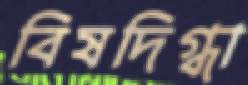
বিষদিগ্ধা